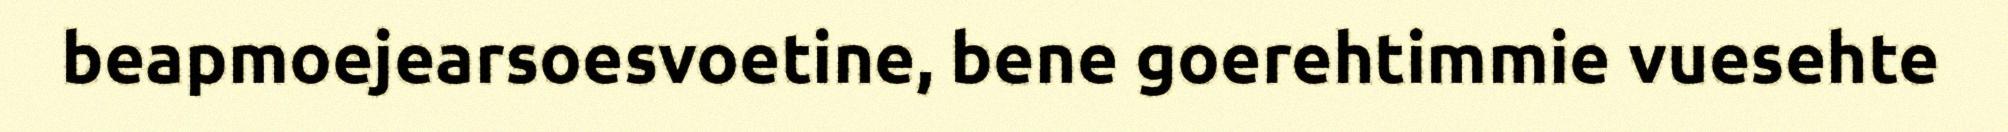
beapmoejearsoesvoetine, bene goerehtimmie vuesehte